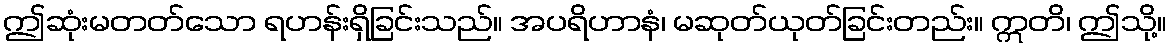
ဤဆုံးမတတ်သော ရဟန်းရှိခြင်းသည်။ အပရိဟာနံ၊ မဆုတ်ယုတ်ခြင်းတည်း။ ဣတိ၊ ဤသို့။